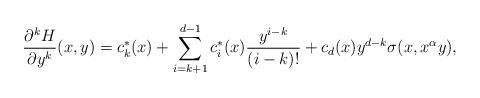
\begin{align*}\frac{\partial^{k}H}{\partial y^{k}}(x,y)= c^*_{k}(x)+\sum_{i=k+1}^{d-1}c^*_i(x) \frac{ y^{i-k}}{(i-k)!}+c_d(x) y^{d-k}\sigma(x,x^{\alpha } y),\end{align*}